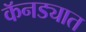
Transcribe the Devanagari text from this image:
कॅनड्यात